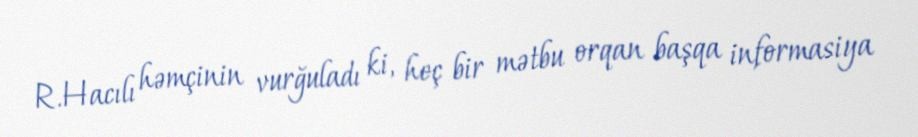
R.Hacılı həmçinin vurğuladı ki, heç bir mətbu orqan başqa informasiya